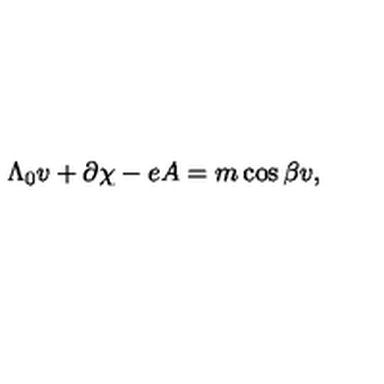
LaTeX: \Lambda _ { 0 } v + \partial \chi - e A = m \cos { \beta } v ,